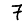
Digit: 7